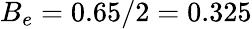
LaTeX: B_{e}=0.65/2=0.325